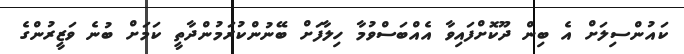
ކައުންސިލަށް އެ ބިން ދޫކޮށްފައިވާ އެއްބަސްވުމާ ހިލާފަށް ބޭނުންކުރަމުންދާތީ ކަމަށް ބުނެ ވަޒީރުންގެ